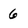
Character: 6